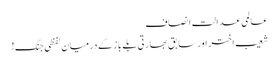
عالمی عدالت انصاف
شعیب اختر اور سابق بھارتی بلے باز کے درمیان لفظی جنگ!